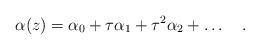
LaTeX: \begin{align*}\alpha (z) = \alpha_0 + \tau \alpha_{1} + \tau^{2} \alpha_{2} +\ldots\quad .\end{align*}